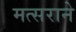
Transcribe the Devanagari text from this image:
मत्सराने